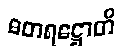
ဓတရဋ္ဌောတိ